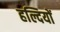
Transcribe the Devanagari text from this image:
हल्दियों